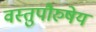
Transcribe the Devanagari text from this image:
वस्तुपौरुषेय